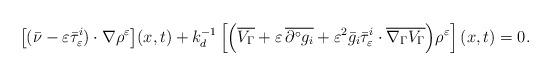
LaTeX: \begin{align*} \bigl[(\bar{\nu}-\varepsilon\bar{\tau}_\varepsilon^i)\cdot\nabla\rho^\varepsilon\bigr](x,t)+k_d^{-1}\left[\Bigl(\overline{V_\Gamma}+\varepsilon\,\overline{\partial^\circ g_i}+\varepsilon^2\bar{g}_i\bar{\tau}_\varepsilon^i\cdot\overline{\nabla_\Gamma V_\Gamma}\Bigr)\rho^\varepsilon\right](x,t) = 0.\end{align*}